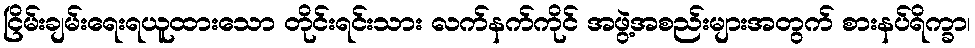
ငြိမ်းချမ်းရေးရယူထားသော တိုင်းရင်းသား လက်နက်ကိုင် အဖွဲ့အစည်းများအတွက် စားနပ်ရိက္ခာ၊